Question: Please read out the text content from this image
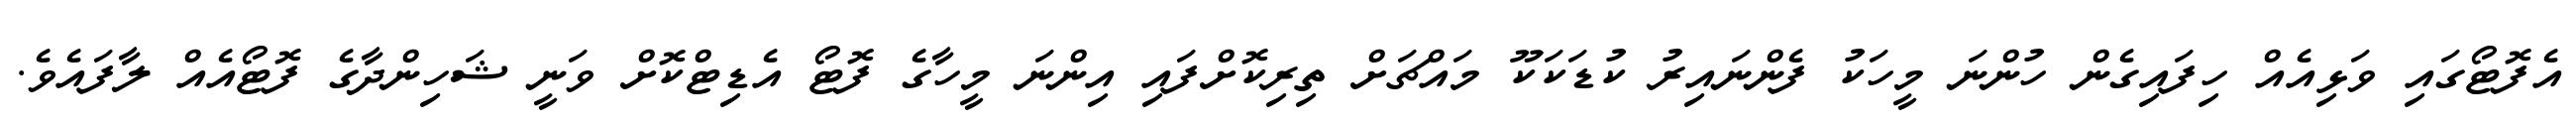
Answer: އެފޮޓޯގައި ވަޅިއެއް ހިފައިގެން ހުންނަ މީހަކު ފެންނައިރު ކުޑަކަކޫ މައްޗަށް ތިރިކޮށްފައި އިންނަ މީހާގެ ފޮޓޯ އެޑިޓްކޮށް ވަނީ ޝަހިންދާގެ ފޮޓޯއެއް ލާފައެވެ.